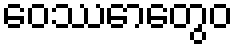
ဝေဿောတွေဝ